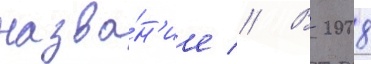
назва́н'ие // В 2008